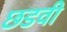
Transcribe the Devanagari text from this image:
छडवी